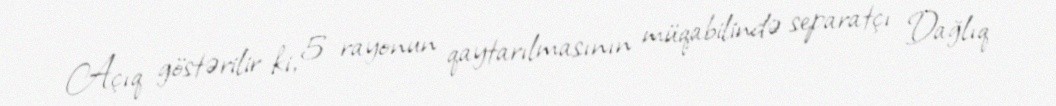
Açıq göstərilir ki, 5 rayonun qaytarılmasının müqabilində separatçı Dağlıq